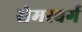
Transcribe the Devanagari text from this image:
रोमरबर्ग